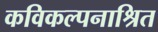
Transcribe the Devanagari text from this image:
कविकल्पनाश्रित